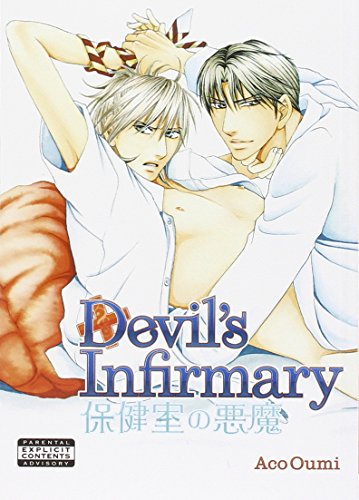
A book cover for Devil's Infirmary; Aco Oumi; Comics & Graphic Novels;